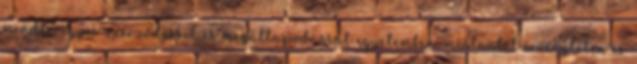
minden egyes szerződéssel és megállapodással egyetemben, mostantól érvénytelen és